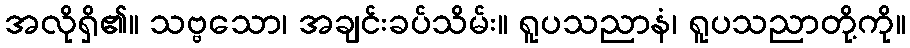
အလိုရှိ၏။ သဗ္ဗသော၊ အချင်းခပ်သိမ်း။ ရူပသညာနံ၊ ရူပသညာတို့ကို။